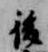
後